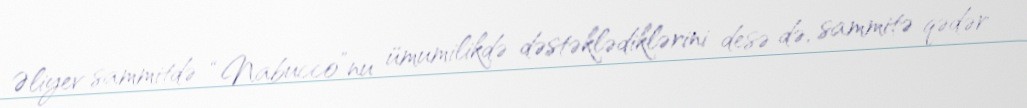
Əliyev sammitdə “Nabucco”nu ümumilikdə dəstəklədiklərini desə də, sammitə qədər